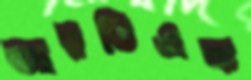
আরডিএফ